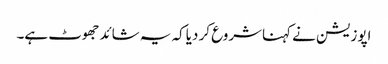
اپوزیشن نے کہناشروع کر دیاکہ یہ شائدجھوٹ ہے۔